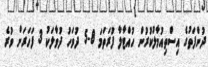
ދުންފަތުގެ އިސްތިއުމާލުކުރުން ހުއްޓާލާ ފުރަތަމަ 8-5 ދުވަހު ދުވާލަކު 3 ފަހަރަށް ވުރެ